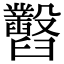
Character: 𦦹